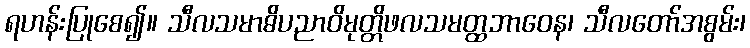
ရဟန်းပြုစေ၍။ သီလသမာဓိပညာဝိမုတ္တိဖလသမတ္ထဘာဝေန၊ သီလတော်အစွမ်း၊